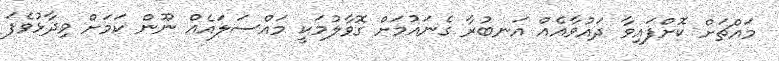
މައްޗަށް ކޮށްފައިވާ ދައުވާއެއް އަނބުރާ ގެނައުމަށް ގޮވާލުމަކީ މައްސަލައެއް ނޫން ކަމަށް ވިދާޅުވެފަ